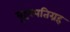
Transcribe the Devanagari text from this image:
बृहस्पतिग्रह